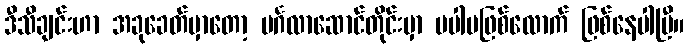
ဒီသီချင်းဟာ အခုခေတ်မှာတော့ မင်္ဂလာဆောင်တိုင်းမှာ မပါမဖြစ်လောက် ဖြစ်နေပါပြီ။